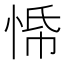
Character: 𭝀